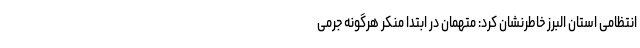
انتظامی استان البرز خاطرنشان کرد: متهمان در ابتدا منکر هرگونه جرمی